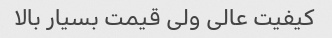
کیفیت عالی ولی قیمت بسیار بالا